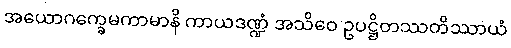
အယောဂက္ခေမကာမာနိ ကာယဒဏ္ဍံ အသိဝေ ဥပဋ္ဌိတဿတိဿာယံ